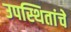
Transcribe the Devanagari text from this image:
उपस्थितांचे